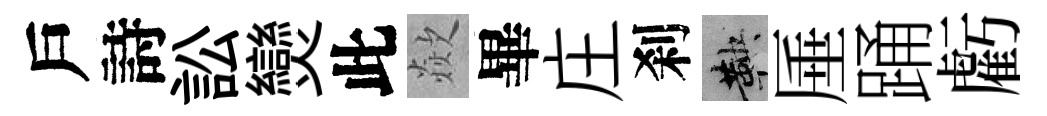
戶詩訟𤓖此歘畢庄刹鞅厜踊虧